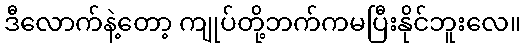
ဒီလောက်နဲ့တော့ ကျုပ်တို့ဘက်ကမပြီးနိုင်ဘူးလေ။